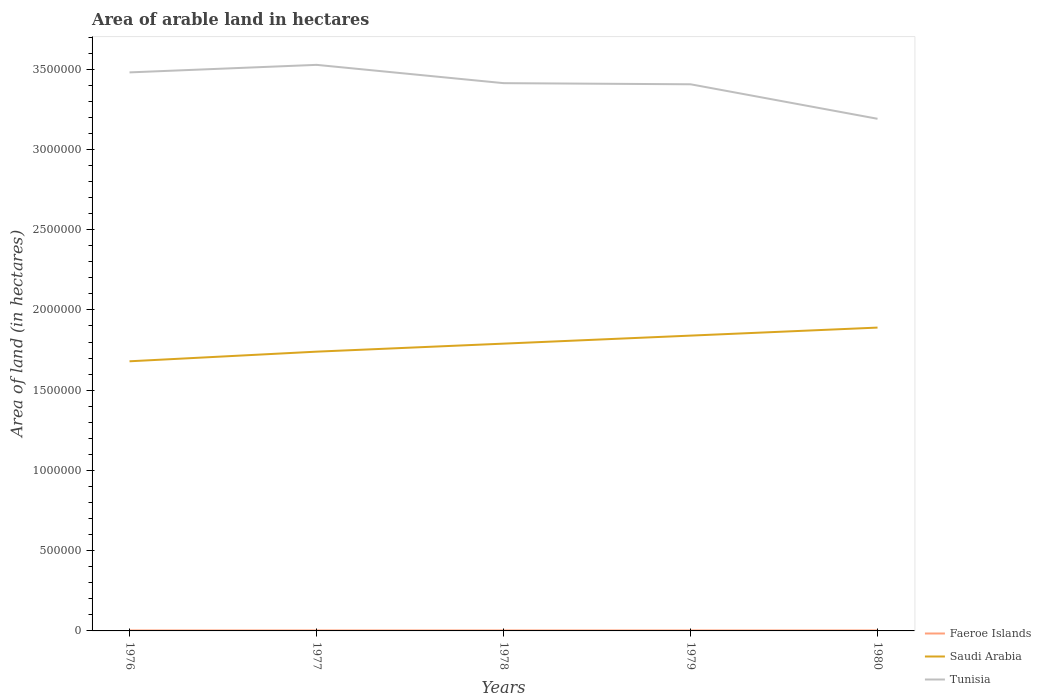
| Years | Faeroe Islands | Saudi Arabia | Tunisia |
 | --- | --- | --- | --- |
 | 1976 | 3e+03 | 1.68e+06 | 3.48e+06 |
 | 1977 | 3e+03 | 1.74e+06 | 3.53e+06 |
 | 1978 | 3e+03 | 1.79e+06 | 3.41e+06 |
 | 1979 | 3e+03 | 1.84e+06 | 3.41e+06 |
 | 1980 | 3e+03 | 1.89e+06 | 3.19e+06 |